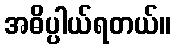
အဓိပ္ပါယ်ရတယ်။